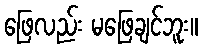
ဖြေလည်း မဖြေချင်ဘူး။